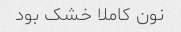
نون کاملا خشک بود